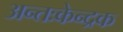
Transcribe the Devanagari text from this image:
अन्तःकेन्द्रक